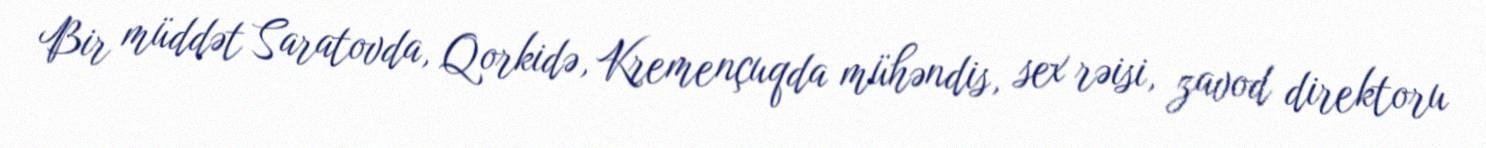
Bir müddət Saratovda, Qorkidə, Kremençuqda mühəndis, sex rəisi, zavod direktoru